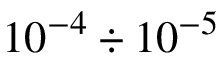
1 0 ^ { - 4 } \div 1 0 ^ { - 5 }